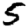
Digit: 5